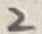
Text: 2